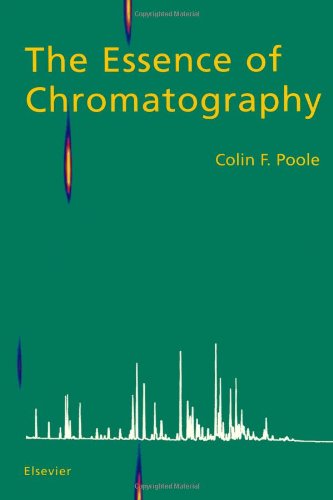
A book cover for The Essence of Chromatography; Colin F. Poole; Science & Math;